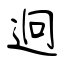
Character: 迥